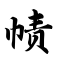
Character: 帻